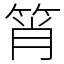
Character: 筲